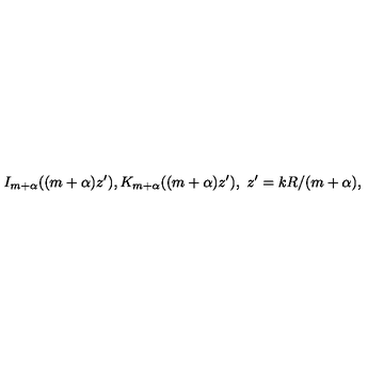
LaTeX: I _ { m + \alpha } ( ( m + \alpha ) z ^ { \prime } ) , K _ { m + \alpha } ( ( m + \alpha ) z ^ { \prime } ) , \ z ^ { \prime } = k R / ( m + \alpha ) ,